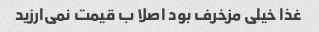
غذا خیلی مزخرف بود اصلا ب قیمت نمی‌ارزید